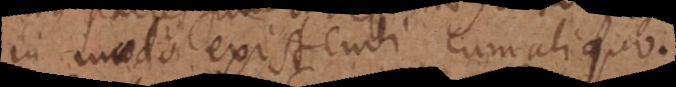
in modo existendi cum aliquo.